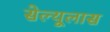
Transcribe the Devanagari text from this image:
सेल्यूलास